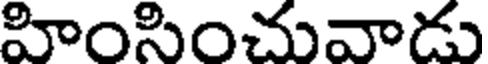
హింసించువాడు